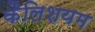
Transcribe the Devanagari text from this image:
कैलिशयम